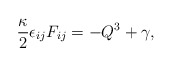
\begin{align*}\frac{\kappa}{2}\epsilon_{ij} F_{ij}=-Q^3+\gamma,\end{align*}